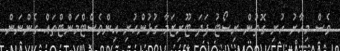
ވެސް މިހާރު ހުރި ގޮތުން ރިސޯޓު ފަދަ ޓޫރިޒަމާ ގުޅުންހުރި އިންވެސްޓްމަންޓްތައް ގެންނަން